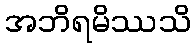
အဘိရမိဿသိ